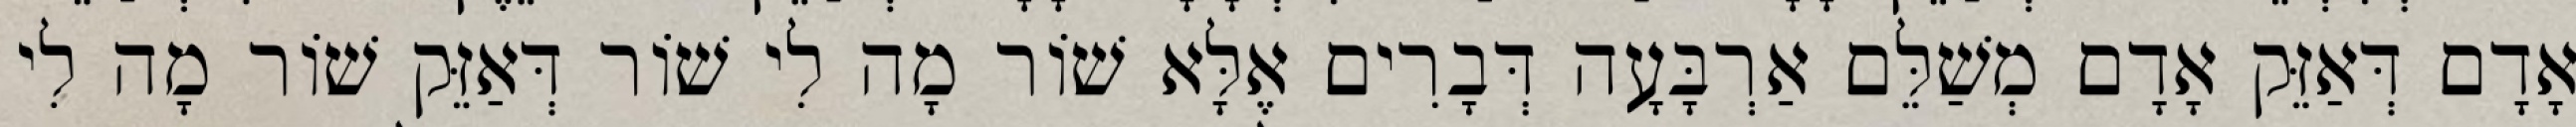
אָדָם דְּאַזֵּק אָדָם מְשַׁלֵּם אַרְבָּעָה דְּבָרִים אֶלָּא שׁוֹר מָה לִי שׁוֹר דְּאַזֵּק שׁוֹר מָה לִי